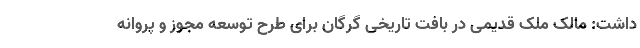
داشت: مالک ملک قدیمی در بافت تاریخی گرگان برای طرح توسعه مجوز و پروانه